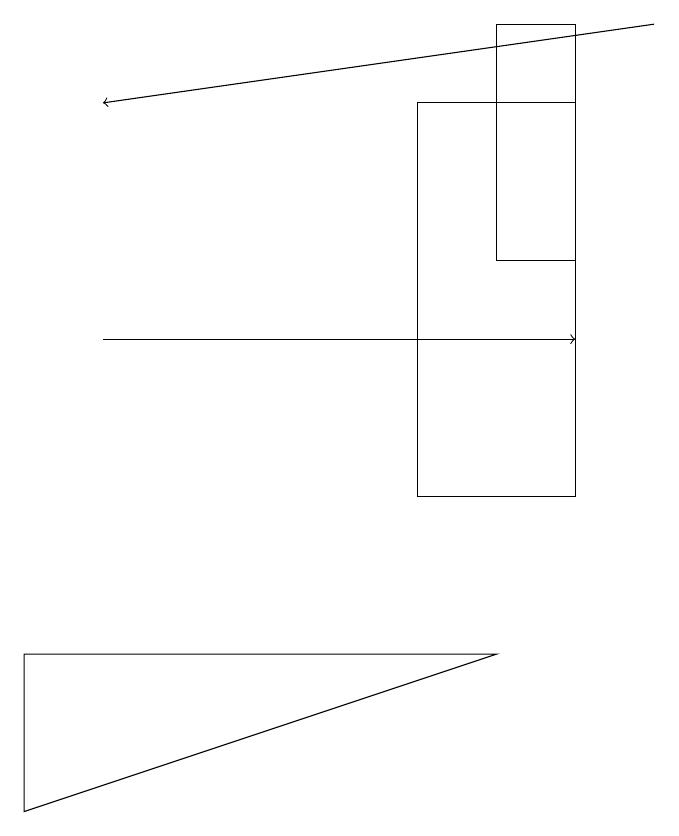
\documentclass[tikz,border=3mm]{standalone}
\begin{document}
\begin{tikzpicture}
\draw (8,15) rectangle (6,10);
\draw[->] (2,12) -- (8,12);
\draw[->] (9,16) -- (2,15);
\draw (1,6) -- (7,8) -- (1,8) -- cycle;
\draw (8,13) rectangle (7,16);
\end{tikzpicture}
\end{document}